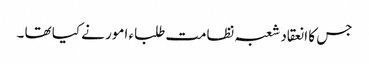
جس کا انعقاد شعبہ نظامت طلباء امور نے کیا تھا ۔